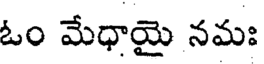
ఓం మేధాయై నమః